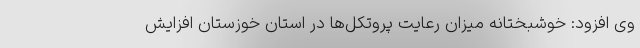
وی افزود: خوشبختانه میزان رعایت پروتکل‌ها در استان خوزستان افزایش